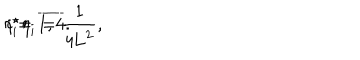
{ \eta } _ { i } ^ { \star } { \eta } _ { i } = \frac { 1 } { 4 \mathrm { L } ^ { 2 } } , \hspace { 5 m m } i = \overline { { { 1 , 4 } } } .